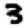
Digit: 3